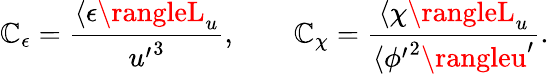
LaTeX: \mathbb{C}_{\epsilon}=\frac{{\langle\epsilon\rangleL_{u}}}{{{u^{\prime}}^{3}}},\qquad\mathbb{C}_{\chi}=\frac{{\langle\chi\rangleL_{u}}}{{\langle{\phi^{\prime}}^{2}\rangleu^{\prime}}}.